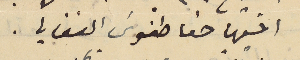
اخيها حنا طنوسَ الفغالي.